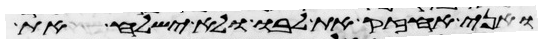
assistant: ואני אחזיק את לבו ולא ישלח את